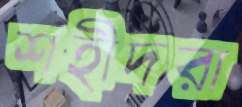
শহীদরা